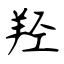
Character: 羟